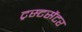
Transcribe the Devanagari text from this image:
ट्रस्टसेंटर